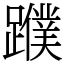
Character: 𨆯